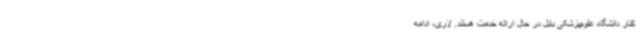
کنار دانشگاه علوم‌پزشکی بابل در حال ارائه خدمت هستند. لاری، ادامه